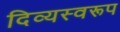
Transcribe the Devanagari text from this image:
दिव्यस्वरूप